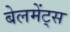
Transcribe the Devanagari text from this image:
बेलमेंट्स